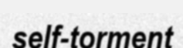
self-torment